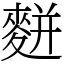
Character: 䴵